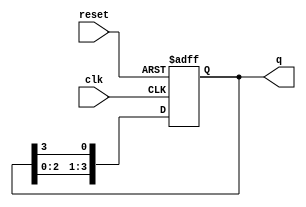
module bistable_ring_counter (
    input wire clk,           // Clock input
    input wire reset,         // Active high reset input
    output reg [3:0] q        // 4-bit output representing the state
);

// Always block triggered on the rising edge of the clock or when reset is high
always @(posedge clk or posedge reset) begin
    if (reset) begin
        // Initialize state to 0001 on reset
        q <= 4'b0001;
    end else begin
        // Rotate the '1' state to the next flip-flop
        q <= {q[2:0], q[3]}; // Shift left and feed back the last bit
    end
end

endmodule